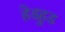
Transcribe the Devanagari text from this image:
हेडहुड